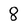
Character: 8